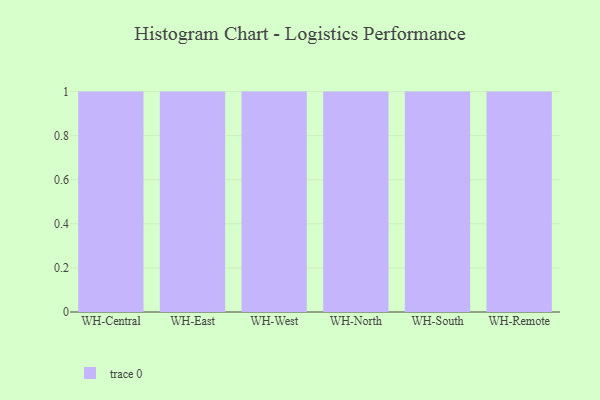
{"axis": {"x": "Warehouse", "y": "Satisfaction Score"}, "legend": [""], "data": [{"x": "WH-Central", "y": 68, "type": ""}, {"x": "WH-East", "y": 9, "type": ""}, {"x": "WH-West", "y": 4, "type": ""}, {"x": "WH-North", "y": 60, "type": ""}, {"x": "WH-South", "y": 2, "type": ""}, {"x": "WH-Remote", "y": 37, "type": ""}]}